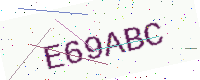
Text: E69ABC